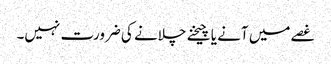
غصے میں آنے یا چیخنے چلانے کی ضرورت نہیں۔